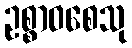
ဥစ္စာဝစေသု